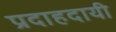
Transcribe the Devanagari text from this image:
प्रदाहदायी